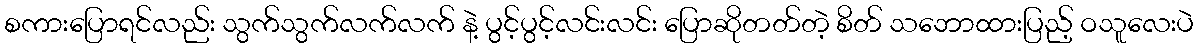
စကားပြောရင်လည်း သွက်သွက်လက်လက် နဲ့ ပွင့်ပွင့်လင်းလင်း ပြောဆိုတတ်တဲ့ စိတ် သဘောထားပြည့် ဝသူလေးပဲ